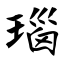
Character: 瑙